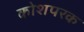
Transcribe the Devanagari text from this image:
कोशपरक